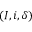
( I , i , \delta )